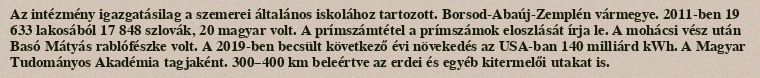
Az intézmény igazgatásilag a szemerei általános iskolához tartozott. Borsod-Abaúj-Zemplén vármegye. 2011-ben 19 633 lakosából 17 848 szlovák, 20 magyar volt. A prímszámtétel a prímszámok eloszlását írja le. A mohácsi vész után Basó Mátyás rablófészke volt. A 2019-ben becsült következő évi növekedés az USA-ban 140 milliárd kWh. A Magyar Tudományos Akadémia tagjaként. 300–400 km beleértve az erdei és egyéb kitermelői utakat is.